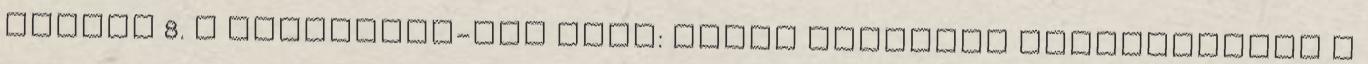
június 8. ↑ Draveczki-Ury Ádám: Death Magnetic lemezkritika a